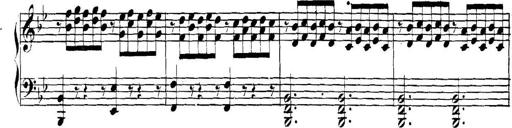
Title: Collected Piano Sonatas
Composer: Muzio Clementi